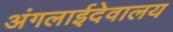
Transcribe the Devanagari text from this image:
अंगलाईदेवालय